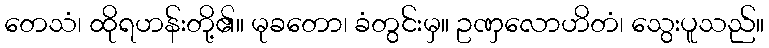
တေသံ၊ ထိုရဟန်းတို့၏။ မုခတော၊ ခံတွင်းမှ။ ဥဏှလောဟိတံ၊ သွေးပူသည်။